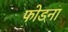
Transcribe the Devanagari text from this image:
फोडना